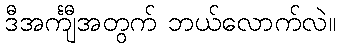
ဒီအင်္ကျီအတွက် ဘယ်လောက်လဲ။